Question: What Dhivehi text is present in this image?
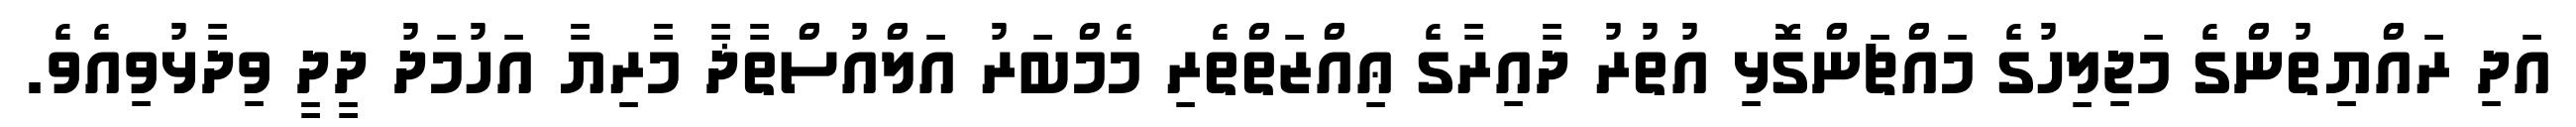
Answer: އަދި ރައްޔިތުންގެ މަޖިލިހުގެ މައްޗަންގޮޅި އުތުރު ދާއިރާގެ ޢިއްޒަތްތެރި މެމްބަރު އަލްއުސްތާޛާ މާރިޔާ އަހުމަދު ދީދީ ވިދާޅުވިއެވެ.